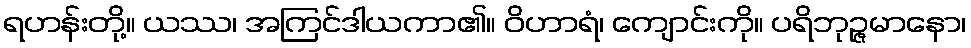
ရဟန်းတို့။ ယဿ၊ အကြင်ဒါယကာ၏။ ဝိဟာရံ၊ ကျောင်းကို။ ပရိဘုဉ္ဇမာနော၊